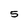
Character: 5